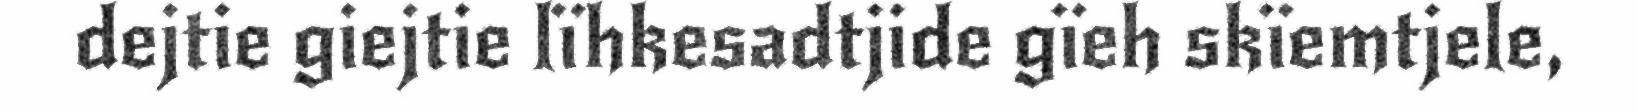
dejtie giejtie lïhkesadtjide gïeh skïemtjele,